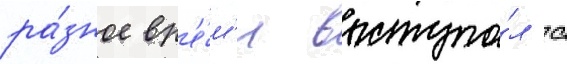
ра́зное вр'е́м'я выступа́л с